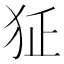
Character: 𤜺